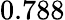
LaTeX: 0.788